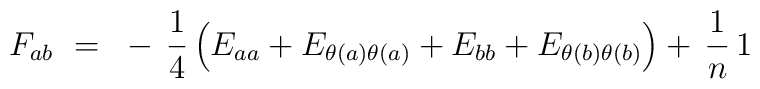
F_{ab}~=~- \, {1 \over 4}                       \left( E_{aa} + E_{\theta(a)\theta(a)} +                              E_{bb} + E_{\theta(b)\theta(b)} \right)                  + \, {1 \over n} \, 1